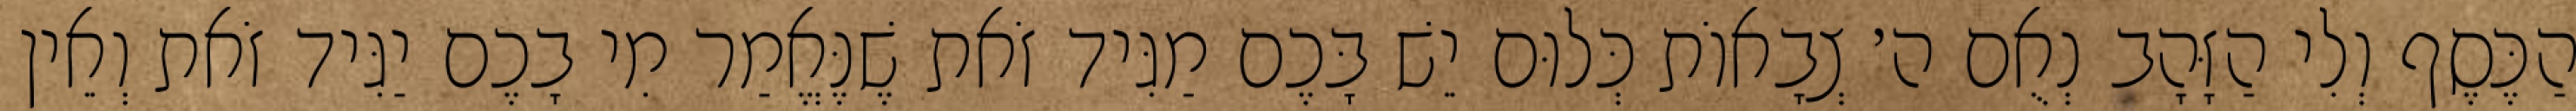
הַכֶּסֶף וְלִי הַזָּהָב נְאֻם ה׳ צְבָאוֹת כְּלוּם יֵשׁ בָּכֶם מַגִּיד זֹאת שֶׁנֶּאֱמַר מִי בָכֶם יַגִּיד זֹאת וְאֵין